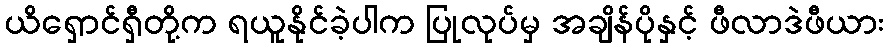
ယိရှောင်ရှီတို့က ရယူနိုင်ခဲ့ပါက ပြုလုပ်မှ အချိန်ပိုနှင့် ဖီလာဒဲဖီယား